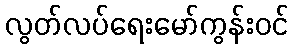
လွတ်လပ်ရေးမော်ကွန်းဝင်